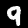
Label: 9